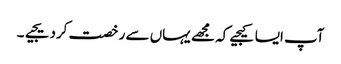
آپ ایسا کیجیے کہ مجھے یہاں سے رخصت کردیجیے۔